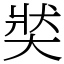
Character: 𡘾